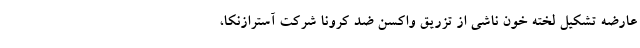
عارضه تشکیل لخته خون ناشی از تزریق واکسن ضد کرونا شرکت آسترازنکا،